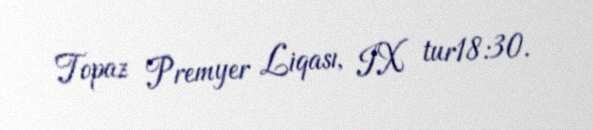
Topaz Premyer Liqası, IX tur18:30.